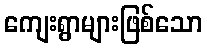
ကျေးရွာများဖြစ်သော